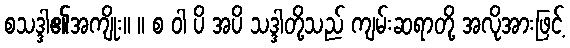
စသဒ္ဒါ၏အကျိုး။ ။ စ ဝါ ပိ အပိ သဒ္ဒါတို့သည် ကျမ်းဆရာတို့ အလိုအားဖြင့်